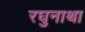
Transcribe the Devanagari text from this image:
रघुनाथा